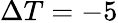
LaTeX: \Delta T=-5